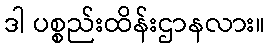
ဒါ ပစ္စည်းထိန်းဌာနလား။